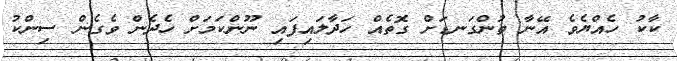
ކާކު ހެއްޔެވެ އޭނާ ތުންގަނޑަށް ގޮތެއް ހަދާލައިފައި ނޫންކަމަށް ހެދެން ވެގެން ސިންކު